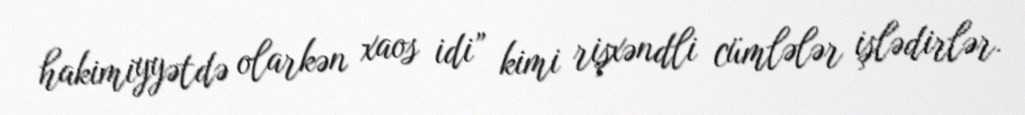
hakimiyyətdə olarkən xaos idi” kimi rişxəndli cümlələr işlədirlər.